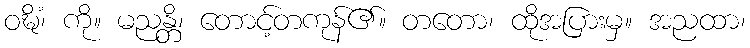
ဝဍ္ဎိံ၊ ကို။ မညန္တိ၊ တောင့်တကုန်၏။ တတော၊ ထိုအပြားမှ။ အညထာ၊